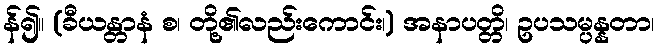
န်၍။ (ခီယန္တာနံ စ၊ တို့၏လည်းကောင်း၊) အနာပတ္တိ၊ ဥပသမ္ပန္နတာ၊